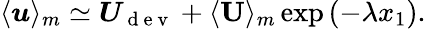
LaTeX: \langle\boldsymbol{u}\rangle_{m}\simeq\boldsymbol{U}_{\mathrm{~d~e~v~}}+\langle\textbf{U}\rangle_{m}\exp\left(-\lambda x_{1}\right).